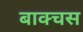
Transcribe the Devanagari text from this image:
बाक्चस